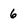
Character: 6